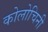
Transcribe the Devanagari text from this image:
कोलोचिनी